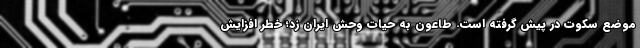
موضع سکوت در پیش گرفته‌ است. طاعون به حیات وحش ایران زد؛ خطر افزایش